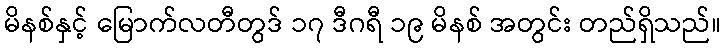
မိနစ်နှင့် မြောက်လတီတွဒ် ၁၇ ဒီဂရီ ၁၉ မိနစ် အတွင်း တည်ရှိသည်။